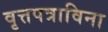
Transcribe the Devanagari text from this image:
वृत्तपत्राविना